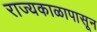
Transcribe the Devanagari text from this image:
राज्यकाळापासून